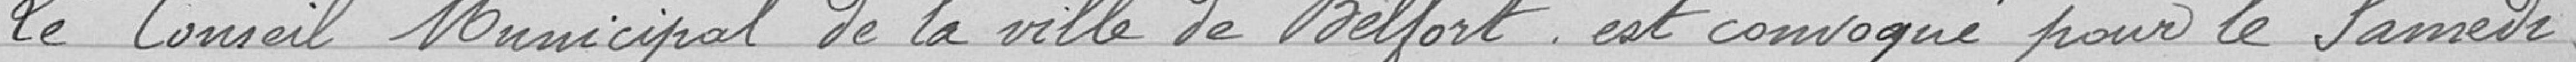
Le Conseil Municipal de la Ville de Belfort est convoqué pour le Samedi